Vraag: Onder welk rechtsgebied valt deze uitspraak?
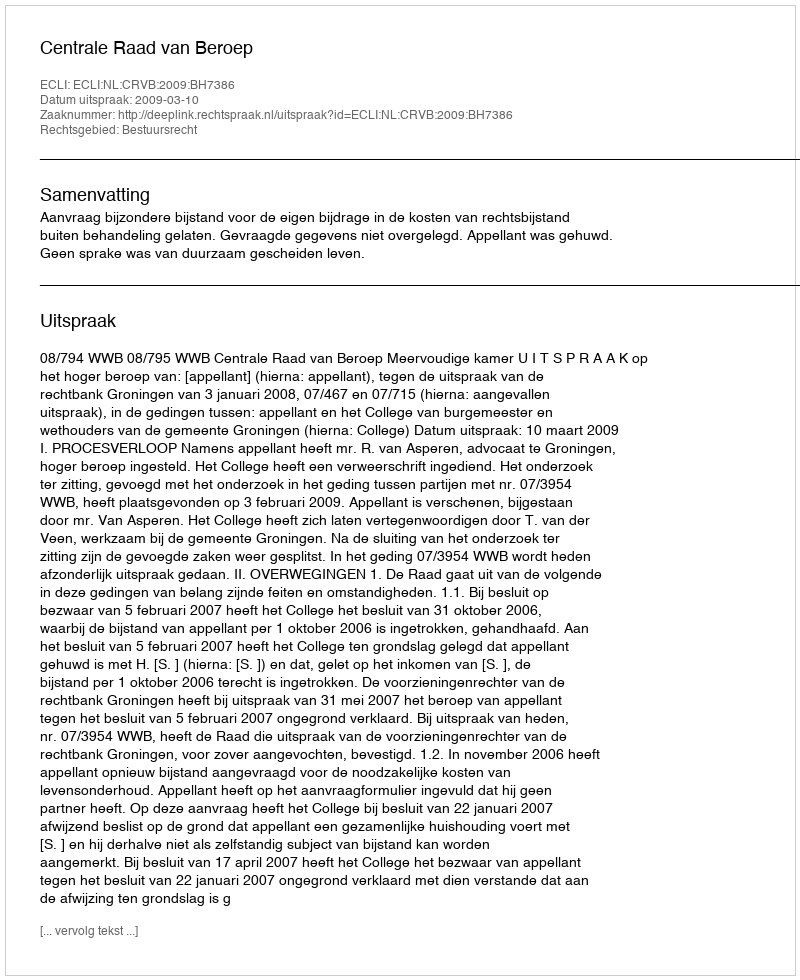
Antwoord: Bestuursrecht